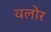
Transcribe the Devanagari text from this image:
वलोर